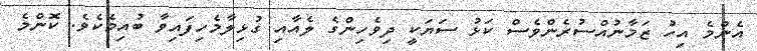
އެންމެ އިހު ޒަމާނުއްސުރެންވެސް ކަޅު ސަޔަކީ ދިވެހިންގެ ލެއާއި ގުޅިލާމެހިފައިވާ ބުއިމެކެވެ. ކޮންމެ